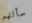
سألتهم